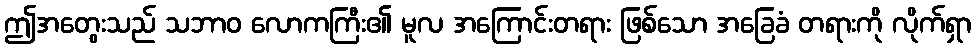
ဤအတွေးသည် သဘာဝ လောကကြီး၏ မူလ အကြောင်းတရား ဖြစ်သော အခြေခံ တရားကို လိုက်ရှာ